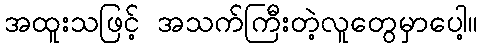
အထူးသဖြင့် အသက်ကြီးတဲ့လူတွေမှာပေါ့။